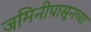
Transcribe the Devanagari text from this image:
जमिनीपासूनच्या